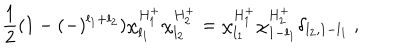
LaTeX: \frac { 1 } { 2 } ( 1 - ( - ) ^ { l _ { 1 } + l _ { 2 } } ) \chi _ { l _ { 1 } } ^ { H _ { 1 } ^ { + } } \chi _ { l _ { 2 } } ^ { H _ { 2 } ^ { + } } = \chi _ { l _ { 1 } } ^ { H _ { 1 } ^ { + } } \chi _ { 1 - l _ { 1 } } ^ { H _ { 2 } ^ { + } } \delta _ { l _ { 2 } , 1 - l _ { 1 } } \ ,